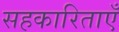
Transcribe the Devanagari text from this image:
सहकारिताएँ